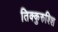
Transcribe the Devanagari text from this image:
तिक्कुरुश्शि